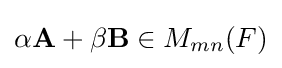
\alpha \mathbf {A} +\beta \mathbf {B} \in M_{mn}(F)